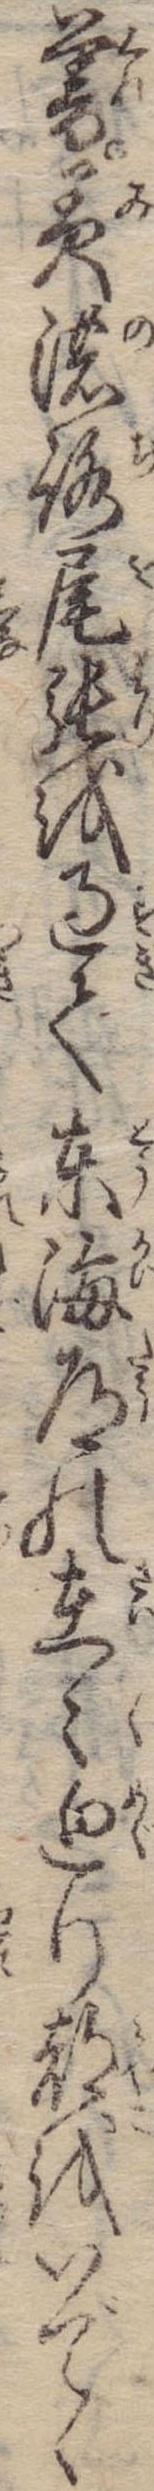
暮美濃路尾張を過て東海道の在々廻り都をいでゝ